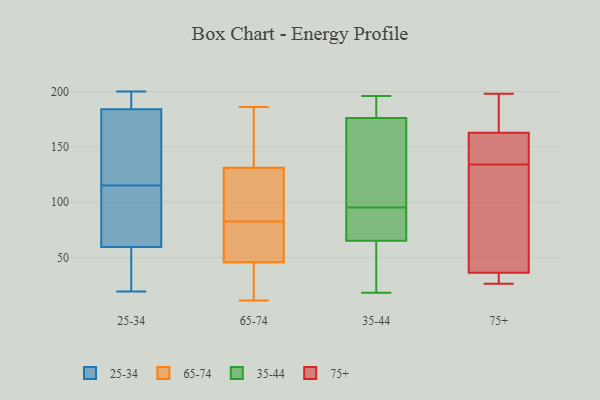
{"axis": {"x": "Net Income (USD K)", "y": "Value"}, "legend": ["25-34", "35-44", "65-74", "75+"], "data": [{"x": "", "y": 19, "type": "25-34"}, {"x": "", "y": 158, "type": "25-34"}, {"x": "", "y": 163, "type": "25-34"}, {"x": "", "y": 73, "type": "25-34"}, {"x": "", "y": 200, "type": "25-34"}, {"x": "", "y": 24, "type": "25-34"}, {"x": "", "y": 59, "type": "25-34"}, {"x": "", "y": 191, "type": "25-34"}, {"x": "", "y": 68, "type": "25-34"}, {"x": "", "y": 20, "type": "25-34"}, {"x": "", "y": 115, "type": "25-34"}, {"x": "", "y": 191, "type": "25-34"}, {"x": "", "y": 138, "type": "25-34"}, {"x": "", "y": 60, "type": "25-34"}, {"x": "", "y": 197, "type": "25-34"}, {"x": "", "y": 44, "type": "65-74"}, {"x": "", "y": 47, "type": "65-74"}, {"x": "", "y": 68, "type": "65-74"}, {"x": "", "y": 163, "type": "65-74"}, {"x": "", "y": 176, "type": "65-74"}, {"x": "", "y": 130, "type": "65-74"}, {"x": "", "y": 11, "type": "65-74"}, {"x": "", "y": 113, "type": "65-74"}, {"x": "", "y": 139, "type": "65-74"}, {"x": "", "y": 14, "type": "65-74"}, {"x": "", "y": 44, "type": "65-74"}, {"x": "", "y": 60, "type": "65-74"}, {"x": "", "y": 88, "type": "65-74"}, {"x": "", "y": 26, "type": "65-74"}, {"x": "", "y": 122, "type": "65-74"}, {"x": "", "y": 132, "type": "65-74"}, {"x": "", "y": 57, "type": "65-74"}, {"x": "", "y": 101, "type": "65-74"}, {"x": "", "y": 186, "type": "65-74"}, {"x": "", "y": 77, "type": "65-74"}, {"x": "", "y": 115, "type": "35-44"}, {"x": "", "y": 18, "type": "35-44"}, {"x": "", "y": 187, "type": "35-44"}, {"x": "", "y": 19, "type": "35-44"}, {"x": "", "y": 189, "type": "35-44"}, {"x": "", "y": 75, "type": "35-44"}, {"x": "", "y": 165, "type": "35-44"}, {"x": "", "y": 70, "type": "35-44"}, {"x": "", "y": 65, "type": "35-44"}, {"x": "", "y": 65, "type": "35-44"}, {"x": "", "y": 129, "type": "35-44"}, {"x": "", "y": 196, "type": "35-44"}, {"x": "", "y": 26, "type": "75+"}, {"x": "", "y": 134, "type": "75+"}, {"x": "", "y": 33, "type": "75+"}, {"x": "", "y": 29, "type": "75+"}, {"x": "", "y": 150, "type": "75+"}, {"x": "", "y": 99, "type": "75+"}, {"x": "", "y": 162, "type": "75+"}, {"x": "", "y": 30, "type": "75+"}, {"x": "", "y": 184, "type": "75+"}, {"x": "", "y": 135, "type": "75+"}, {"x": "", "y": 109, "type": "75+"}, {"x": "", "y": 165, "type": "75+"}, {"x": "", "y": 37, "type": "75+"}, {"x": "", "y": 158, "type": "75+"}, {"x": "", "y": 198, "type": "75+"}, {"x": "", "y": 193, "type": "75+"}, {"x": "", "y": 71, "type": "75+"}]}